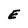
Character: E